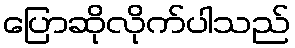
ပြောဆိုလိုက်ပါသည်